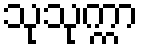
သုသုက္ကာ